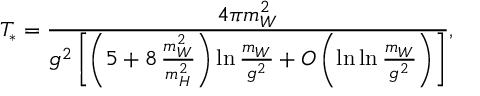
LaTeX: T _ { * } = \frac { 4 \pi m _ { W } ^ { 2 } } { g ^ { 2 } \left[ \left( 5 + 8 \, \frac { m _ { W } ^ { 2 } } { m _ { H } ^ { 2 } } \right) \ln \frac { m _ { W } } { g ^ { 2 } } + O \left( \ln \ln \frac { m _ { W } } { g ^ { 2 } } \right) \right] } ,